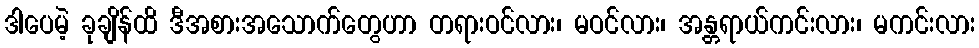
ဒါပေမဲ့ ခုချိန်ထိ ဒီအစားအသောက်တွေဟာ တရားဝင်လား၊ မဝင်လား၊ အန္တရာယ်ကင်းလား၊ မကင်းလား